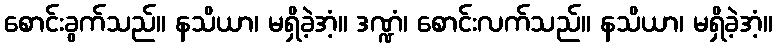
စောင်းခွက်သည်။ နသိယာ၊ မရှိခဲ့အံ့။ ဒဏ္ဍံ၊ စောင်းလက်သည်။ နသိယာ၊ မရှိခဲ့အံ့။